Problem: 47 + 25 = ?
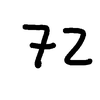
Handwritten answer: 72